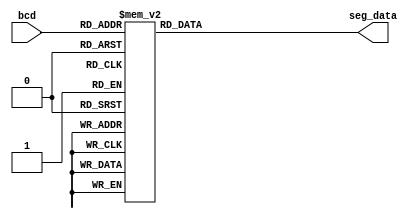
module seg_decoder1(bcd, seg_data);
 input [3:0] bcd;
 output [7:0] seg_data;
 reg [7:0] seg_data;
 always @(bcd) begin
 case(bcd)
 4'H0 : seg_data=8'b1111_1101; // 'HFC
 4'H1 : seg_data=8'b0110_0001; // 'H60
 4'H2 : seg_data=8'b1101_1011; // 'HDA
 4'H3 : seg_data=8'b1111_0011; // 'HF2
 4'H4 : seg_data=8'b0110_0111; // 'H66
 4'H5 : seg_data=8'b1011_0111; // 'HB6
 4'H6 : seg_data=8'b1011_1111; // 'HBE
 4'H7 : seg_data=8'b1110_0001; // 'HE0
 4'H8 : seg_data=8'b1111_1111; // 'HFE
 4'H9 : seg_data=8'b1111_0111; // 'HF6
 4'Ha : seg_data=8'b1110_1110; // 'HEE
 4'Hb : seg_data=8'b0011_1110; // 'H3E
 4'Hc : seg_data=8'b1001_1100; // 'H9C
 4'Hd : seg_data=8'b0111_1010; // 'H7A
 4'He : seg_data=8'b1001_1110; // 'H9E
 4'Hf : seg_data=8'b1000_1110; // 'H8E
 endcase
 end
endmodule